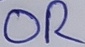
Text: OR